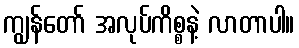
ကျွန်တော် အလုပ်ကိစ္စနဲ့ လာတာပါ။